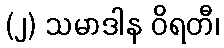
(၂) သမာဒါန ဝိရတီ၊